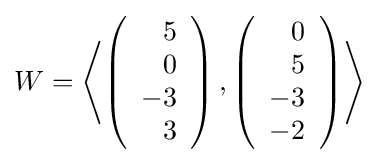
W=\left\langle \left({\begin{array}{r}5\\0\\-3\\3\end{array}}\right),\left({\begin{array}{r}0\\5\\-3\\-2\end{array}}\right)\right\rangle